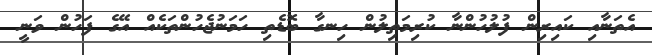
އެތަނާއި ކައިރިން ފުލުހުންނާ ކުރިމަތިލުން ހިނގާ ބޮޑެތި ހަަމަނުޖެހުންތަކެއް އޭގެ ފަހުން ވަނީ